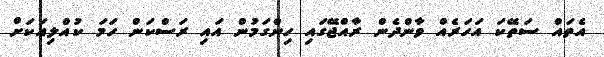
އެތައް ސަތޭކަ އަހަރެއް ވާންދެން ރާއްޖޭގައި ހިންގަމުން އައި ރަސްކަން ހަމަ ކުއްލިއަކަށް